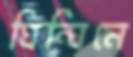
ঘিন্‌ঘিনে